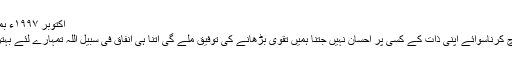
اکتوبر ١٩٩٧ء بمقام مسجد فضل لندن
خدا کی راہ میں خرچ کرناسوائے اپنی ذات کے کسی پر احسان نہیں جتنا ہمیں تقوٰی بڑھانے کی توفیق ملے گی اتنا ہی انفاق فی سبیل اللہ تمہارے لئے بہتر ہوتا چلا جائے گا۔